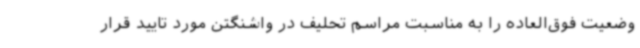
وضعیت فوق‌العاده را به مناسبت مراسم تحلیف در واشنگتن مورد تایید قرار